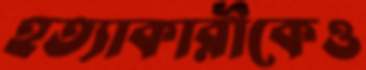
হত্যাকারীকেও